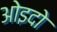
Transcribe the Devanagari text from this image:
ओइदो